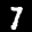
Label: 7